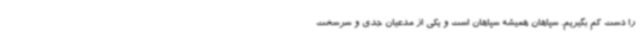
را دست کم بگیریم. سپاهان همیشه سپاهان است و یکی از مدعیان جدی و سرسخت